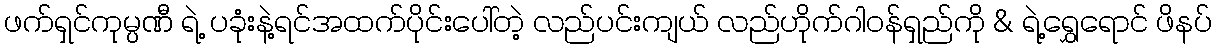
ဖက်ရှင်ကုမ္ပဏီ ရဲ့ ပခုံးနဲ့ရင်အထက်ပိုင်းပေါ်တဲ့ လည်ပင်းကျယ် လည်ဟိုက်ဂါဝန်ရှည်ကို & ရဲ့ရွှေရောင် ဖိနပ်